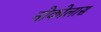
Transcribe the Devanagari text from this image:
नोकोलास